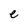
Character: e